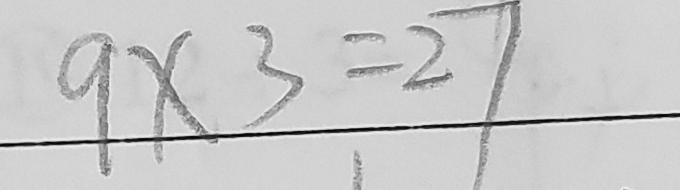
9 \times 3 = 2 7